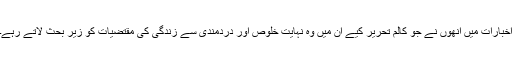
اخبارات میں انھوں نے جو کالم تحریر کیے ان میں وہ نہایت خلوص اور دردمندی سے زندگی کی مقتضیات کو زیر بحث لاتے رہے۔